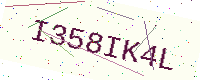
Text: I358IK4L